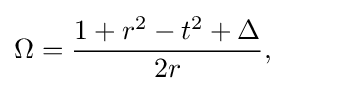
\Omega ={\frac {1+r^{2}-t^{2}+\Delta }{2r}},\qquad